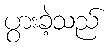
ပွားခဲ့သည်